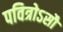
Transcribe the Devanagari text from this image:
पवित्रोऽसौ